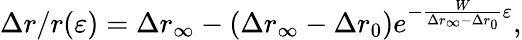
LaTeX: \Delta r/r(\varepsilon)=\Delta r_{\infty}-(\Delta r_{\infty}-\Delta r_{0})e^{-\frac{W}{\Delta r_{\infty}-\Delta r_{0}}\varepsilon},